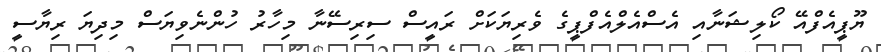
ޔޫޕީއެފްއޭ ކޯލިޝަނާއި އެސްއެލްއެފްޕީގެ ވެރިޔަކަށް ރައީސް ސިރިސޭނާ މިހާރު ހުންނެވިޔަސް މިދިޔަ ރިޔާސީ